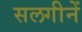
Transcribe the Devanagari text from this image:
सलगीनें